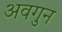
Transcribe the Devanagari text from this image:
अवगुन